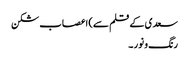
سعدی کے قلم سے)	اعصاب شکن
رنگ و نور ۔